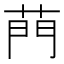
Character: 菛